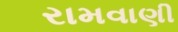
રામવાણી